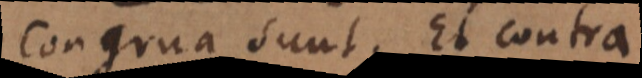
congrua sunt. Et contra.